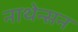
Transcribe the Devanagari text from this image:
नाथेन्सन